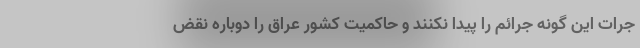
جرات این گونه جرائم را پیدا نکنند و حاکمیت کشور عراق را دوباره نقض